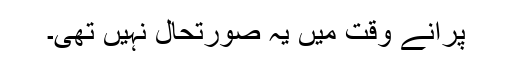
پرانے وقت میں یہ صورتحال نہیں تھی۔